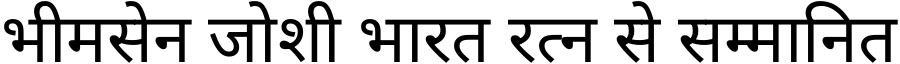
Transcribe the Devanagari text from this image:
भीमसेन जोशी भारत रत्न से सम्मानित